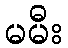
မမီး